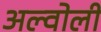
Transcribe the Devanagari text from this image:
अल्वोली